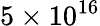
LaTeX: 5\times 10^{16}